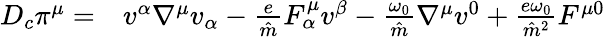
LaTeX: \begin{array}{rl}{D_{c}\pi^{\mu}=}&{{}v^{\alpha}\nabla^{\mu}v_{\alpha}-\frac{e}{\hat{m}}F_{\alpha}^{\mu}v^{\beta}-\frac{\omega_{0}}{\hat{m}}\nabla^{\mu}v^{0}+\frac{e\omega_{0}}{\hat{m}^{2}}F^{\mu 0}}\end{array}